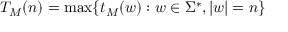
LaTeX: T _ { M } ( n ) = \operatorname* { m a x } \{ t _ { M } ( w ) : w \in \Sigma ^ { * } , | w | = n \}